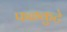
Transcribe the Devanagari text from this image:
फळकुटे